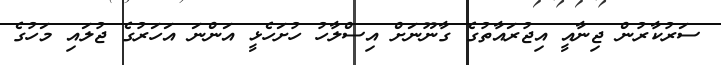
ސަރުކާރުން ޖިނާއީ އިޖުރައާތުގެ ގާނޫނަށް އިސްލާހު ހުށަހެޅީ އަންނަ އަހަރުގެ ޖުލައި މަހުގެ